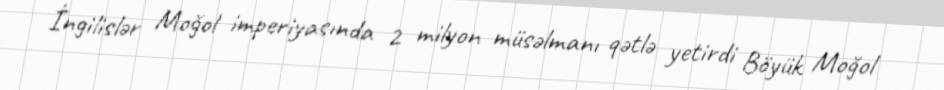
İngilislər Moğol imperiyasında 2 milyon müsəlmanı qətlə yetirdi Böyük Moğol